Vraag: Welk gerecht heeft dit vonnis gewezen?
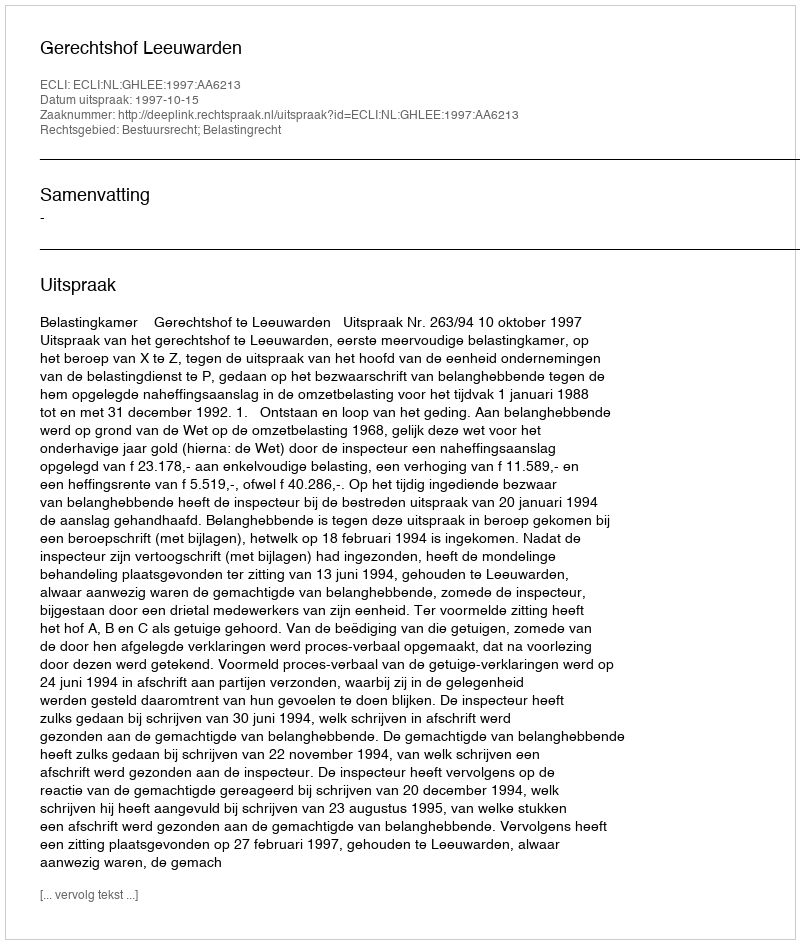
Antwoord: Gerechtshof Leeuwarden